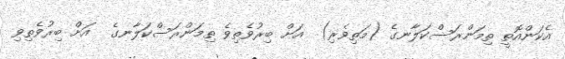
އެކަންއޮތީ ތިމަންރަސްކަލާނގެ (މަތިވެރި)  އަށް ބިރުވެތިވެ ތިމަންރަސްކަލާނގެ  އަށް ބިރުވެތިވި